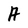
Character: A